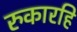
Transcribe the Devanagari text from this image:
रुकारहि